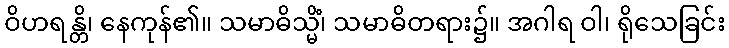
ဝိဟရန္တိ၊ နေကုန်၏။ သမာဓိသ္မိံ၊ သမာဓိတရား၌။ အဂါရ ဝါ၊ ရိုသေခြင်း